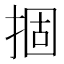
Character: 㧽